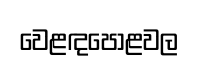
වෙළඳපොළවල